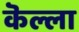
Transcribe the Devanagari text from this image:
कॆल्ला